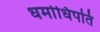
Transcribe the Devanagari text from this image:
धर्माधिपति